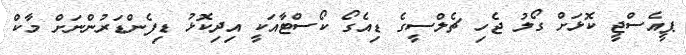
ޕީއެސްޖީ ކޮޅަށް ގޯލު ޖެހި ޗެލްސީގެ ޑިއެގޯ ކޯސްޓާއަކީ އިދިކޮޅު ޑިފެންޑަރުންނަށް މާކް